Indian journal of veterinary science and animal husbandry - Volume 3,
Year: 1933
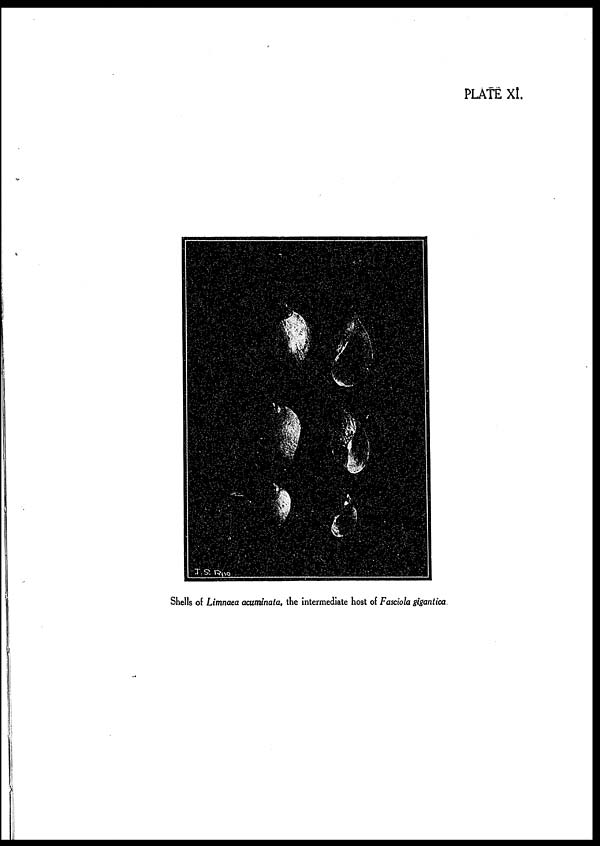
PLATE XI.
Shells of Limnaea acuminata, the intermediate host of Fasciola gigantica.